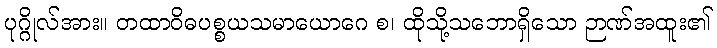
ပုဂ္ဂိုလ်အား။ တထာဝိဓပစ္စယသမာယောဂေ စ၊ ထိုသို့သဘောရှိသော ဉာဏ်အထူး၏